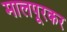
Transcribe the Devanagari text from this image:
मालपूरकर